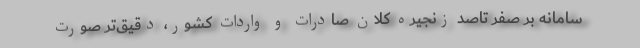
سامانه بر صفر تاصد زنجیره کلان صادرات و واردات کشور، دقیق‌تر صورت